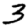
Digit: 3